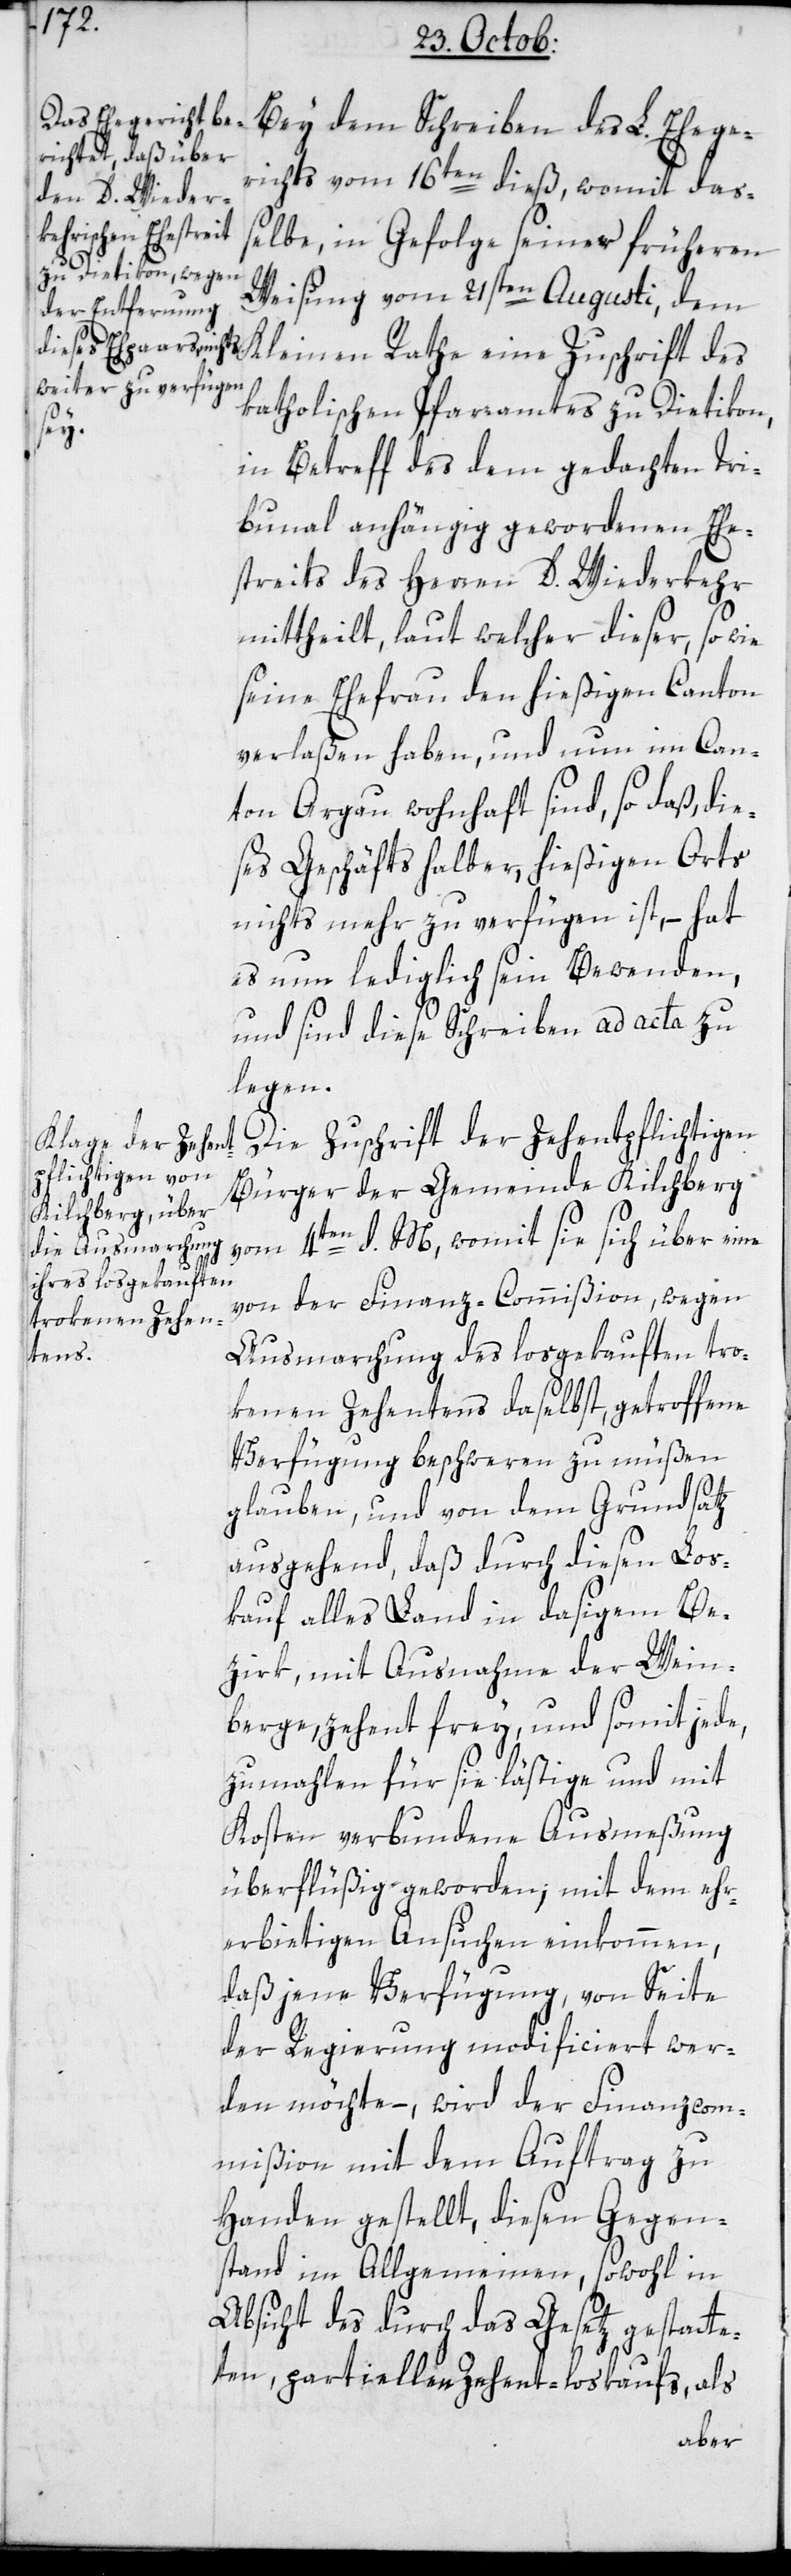
Bei dem Schreiben des L. Ehege¬
richts vom 16ten dieß, womit daß¬
elbe, in Gefolge seiner früheren
Weisung vom 21sten Augusti, dem
katholischen Pfarramtes zu Dietikon,
eine
in Betreff des dem gedachten Tri¬
bunal anhängig gewordenen Ehe¬
streits des Herren D. Wiederkehr
mittheilt, laut welcher dieser, so wie
seine Ehefrau, den hießigen Canton
verlaßen haben, und nun im Can¬
ton Argau wohnhaft sind, so daß, die¬
ses Geschäfts halber, hießigen Orts
nichts mehr zu verfügen ist, – hat
es nun lediglich sein Bewenden,
und sind diese Schreiben ad acta zu
legen.
Die Zuschrift der Zehentpflichtigen
Bürger der Gemeinde Kilchberg
vom 4ten d. M., womit sie sich über eine
von der Finanz-Commißion, wegen
Ausmarchung des losgekauften tro¬
kenen Zehentens daselbst, getroffene
Verfügung beschweren zu müßen
glauben, und von dem Grundsatz
ausgehend, daß durch diesen Los¬
kauf alles Land in dasigem Be¬
zirk, mit Ausnahme der Wein¬
berge, zehent frey, und somit jede,
zumahlen für sie lästige und mit
Kosten verbundene Ausmeßung
überflüßig geworden; mit dem ehr¬
erbietigen Ansuchen einkommen,
daß jene Verfügung, von Seite
der Regierung modificiert wer¬
den möchte, – wird der Finanzcom¬
mißion mit dem Auftrag zu
Handen gestellt, diesen Gegen¬
stand im Allgemeinen, sowohl in
Absicht des durch das Gesetz gestatte¬
ten, partiellen Zehent-loskaufs, als